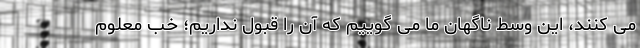
می کنند، این وسط ناگهان ما می گوییم که آن را قبول نداریم؛ خب معلوم